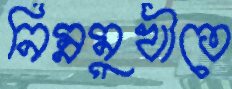
নিম্নমুখীতে